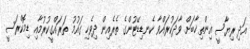
އަދި ރިޔާސީ އިންތިޚާބަށް ވާދަކުރައްވާ ކެނޑިޑޭޓުންގެ ތެރެއިން ދިވެހި ގައުމު ތަރައްގީކުރުމާއި ޑިމޮކްރަސީ